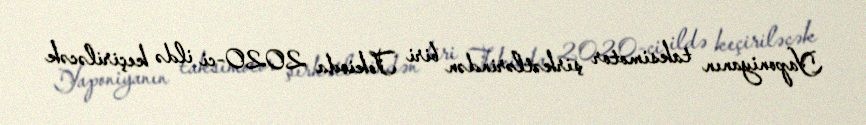
Yaponiyanın taksimotor şirkətlərindən biri Tokioda 2020-ci ildə keçiriləcək